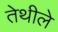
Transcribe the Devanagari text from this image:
तेथीले